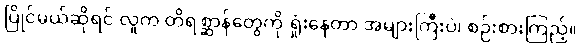
ပြိုင်မယ်ဆိုရင် လူက တိရစ္ဆာန်တွေကို ရှုံးနေတာ အများကြီးပဲ၊ စဉ်းစားကြည့်။